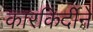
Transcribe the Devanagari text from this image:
कारकिर्दीने